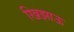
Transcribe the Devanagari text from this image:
खिझाऊ